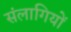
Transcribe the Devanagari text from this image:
संलागियों